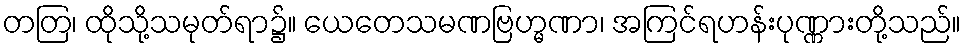
တတြ၊ ထိုသို့သမုတ်ရာ၌။ ယေတေသမဏဗြဟ္မဏာ၊ အကြင်ရဟန်းပုဏ္ဏားတို့သည်။